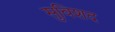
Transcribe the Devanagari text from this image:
सुविशद